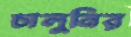
চালুনির